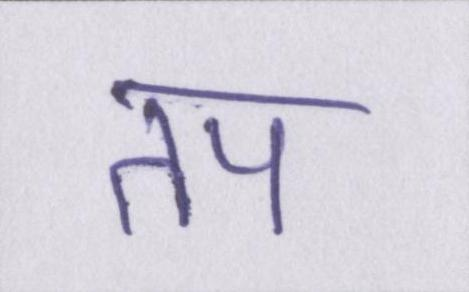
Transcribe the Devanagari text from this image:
तप